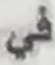
في